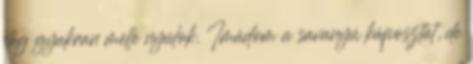
elég gyakran mellé nyúlok. Imádom a savanyú káposztát, de